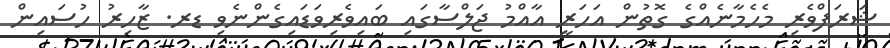
ޝަރަފްވެރި މެހެމާނެއްގެ ގޮތުން އަހަރީ އާއްމު ޖަލްސާގައި ބައިވެރިވަޑައިގެންނެވި ޑރ. ޒާހިރު ހުސައިން